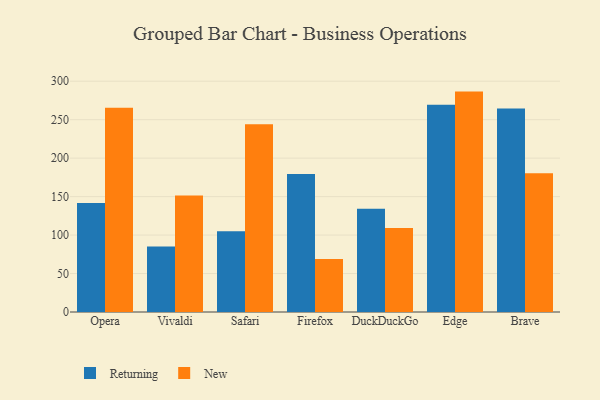
{"axis": {"x": "Browser", "y": "Conversion Rate (%)"}, "legend": ["New", "Returning"], "data": [{"x": "Opera", "y": 141.6, "type": "Returning"}, {"x": "Opera", "y": 265.5, "type": "New"}, {"x": "Vivaldi", "y": 85.3, "type": "Returning"}, {"x": "Vivaldi", "y": 151.3, "type": "New"}, {"x": "Safari", "y": 105.1, "type": "Returning"}, {"x": "Safari", "y": 243.9, "type": "New"}, {"x": "Firefox", "y": 179.4, "type": "Returning"}, {"x": "Firefox", "y": 69.0, "type": "New"}, {"x": "DuckDuckGo", "y": 134.1, "type": "Returning"}, {"x": "DuckDuckGo", "y": 109.2, "type": "New"}, {"x": "Edge", "y": 269.3, "type": "Returning"}, {"x": "Edge", "y": 286.5, "type": "New"}, {"x": "Brave", "y": 264.4, "type": "Returning"}, {"x": "Brave", "y": 180.2, "type": "New"}]}